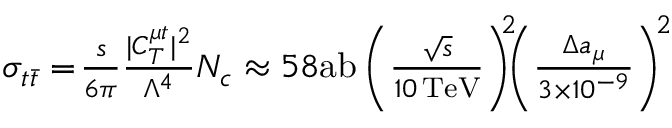
\begin{array} { r } { \! \sigma _ { t \bar { t } } = \! \frac { s } { 6 \pi } \frac { | C _ { T } ^ { \mu t } | ^ { 2 } } { \Lambda ^ { 4 } } N _ { c } \approx 5 8 \mathrm { a b } \left( \frac { \sqrt { s } } { 1 0 \, \mathrm { T e V } } \right) ^ { \! \! 2 } \! \! \! \left( \frac { \Delta a _ { \mu } } { 3 \times 1 0 ^ { - 9 } } \right) ^ { \! 2 } } \end{array}